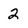
Character: 2